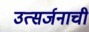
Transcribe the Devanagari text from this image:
उत्सर्जनाची